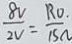
\frac { 8 V } { 2 V } = \frac { R _ { 0 } . } { 1 S N }